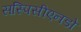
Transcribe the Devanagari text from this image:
सस्पिसीएनडो